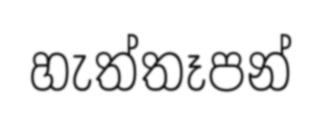
හැත්තෑපන්